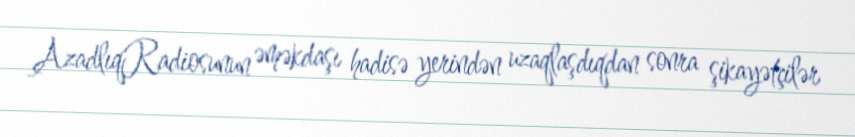
AzadlıqRadiosunun əməkdaşı hadisə yerindən uzaqlaşdıqdan sonra şikayətçilər